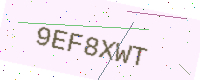
Text: 9EF8XWT